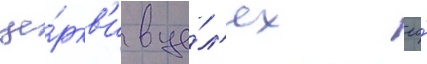
це́ркв'и в це́л'ях ео́